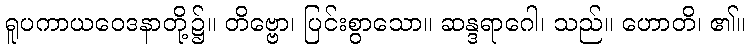
ရူပကာယဝေဒနာတို့၌။ တိဗ္ဗော၊ ပြင်းစွာသော။ ဆန္ဒရာဂေါ၊ သည်။ ဟောတိ၊ ၏။